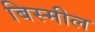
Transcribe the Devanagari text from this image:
बिस्मील